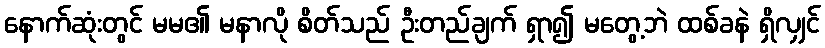
နောက်ဆုံးတွင် မမ၏ မနာလို စိတ်သည် ဦးတည်ချက် ရှာ၍ မတွေ့ဘဲ ထစ်ခနဲ ရှိလျှင်